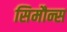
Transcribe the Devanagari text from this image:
सिमौन्स